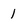
Character: 1